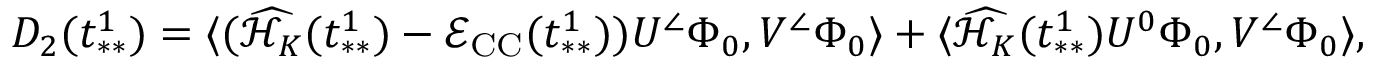
\begin{array} { r } { D _ { 2 } ( t _ { * * } ^ { 1 } ) = \langle ( \widehat { \mathcal { H } _ { K } } ( t _ { * * } ^ { 1 } ) - \mathcal { E } _ { \mathrm { C C } } ( t _ { * * } ^ { 1 } ) ) U ^ { \angle } \Phi _ { 0 } , V ^ { \angle } \Phi _ { 0 } \rangle + \langle \widehat { \mathcal { H } _ { K } } ( t _ { * * } ^ { 1 } ) U ^ { 0 } \Phi _ { 0 } , V ^ { \angle } \Phi _ { 0 } \rangle , } \end{array}